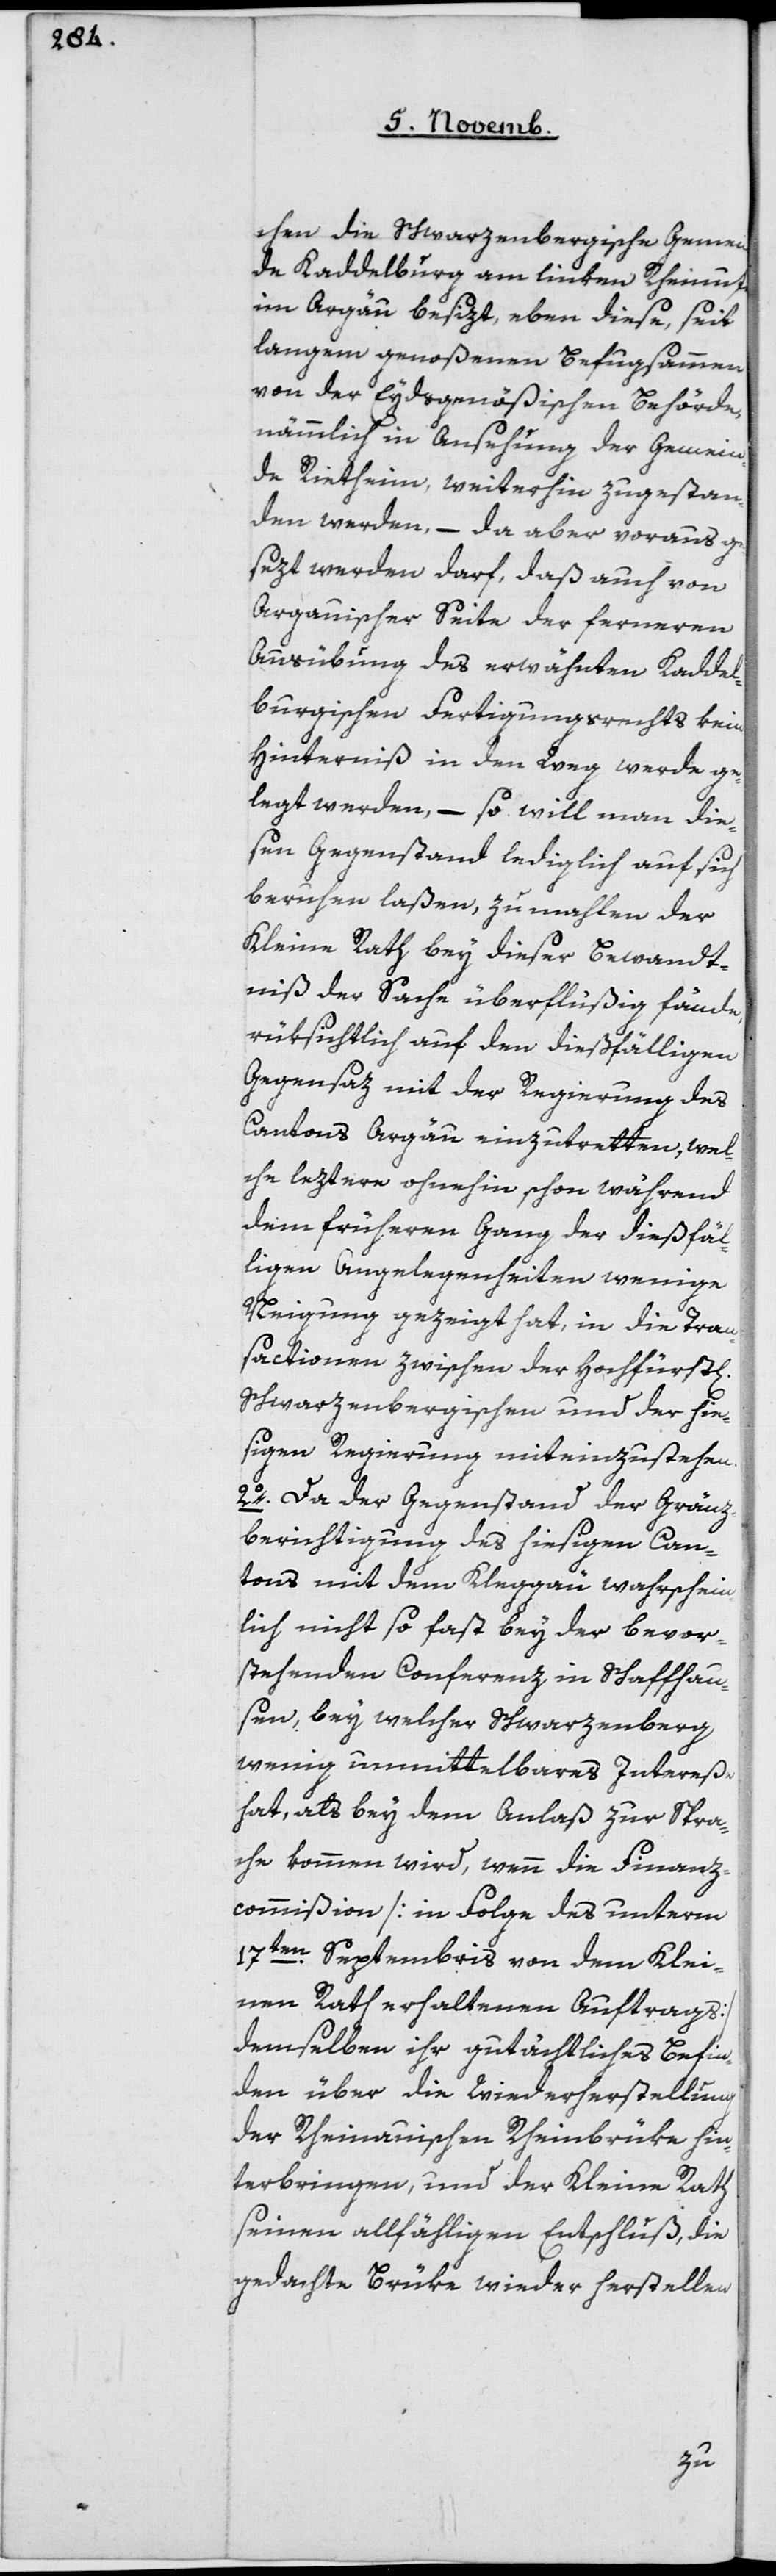
chen die schwarzenbergische Gemein¬
de Kaddelburg am linken Rheinufer
im Argau besizt, eben diese, seit
langem genoßenen Befugsammen
von der Eydsgenößischen Behörde,
nämmlich in Ansehung der Gemein¬
de Rietheim, weiterhin zugestan¬
den werden, – da aber vorausg¬
esezt werden darf, daß auch von
Argauischer Seite der ferneren
Ausübung des erwähnten Kaddel¬
burgischen Fertigungsrecht kein
Hinterniß in den Weg werde ge¬
legt werden, – so will man die¬
sen Gegenstand lediglich auf sich
beruhen laßen, zu mahlen der
Kleine Rath bey dieser Bewandt¬
niß der Sache überflüßig fände,
rüksichtlich auf den dießfälligen
Gegensaz mit der Regierung des
Cantons Argau einzutretten, wel¬
che leztern ohnehin schon während
dem früheren Gang der dießfäl¬
ligen Angelegenheiten wenige
Neigung gezeigt hat, in die Tran¬
sactionen zwischen der Hochfürstl.
Schwarzenbergischen und der hie¬
sigen Regierung mit einzustehen.
2o Da der Gegenstand der Gränz¬
berichtigung des hiesigen Can¬
tons mit dem Kleggau wahrschein¬
lich nicht so fast bey der bevor¬
stehenden Conferenz in Schaffhau¬
sen, bey welcher Schwarzenberg
wenig unmittelbares Intereße
hat, als bey dem Anlaß zur Spra¬
che kommen wird, wenn die Finanz¬
commißion [in Folge des unterm
17ten Septembris von dem Klei¬
nen Rath erhaltenen Auftrags]
demselben ihr gutächtliches Befin¬
den über die Wiederherstellung
der Rheinauischen Rheinbrüke hin¬
terbringen, und der Kleine Rath
seinen allfähligen Entschluß, die
gedachte Brüke wieder herstellen